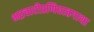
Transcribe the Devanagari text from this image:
भद्रचारीप्रणिघातगाथा